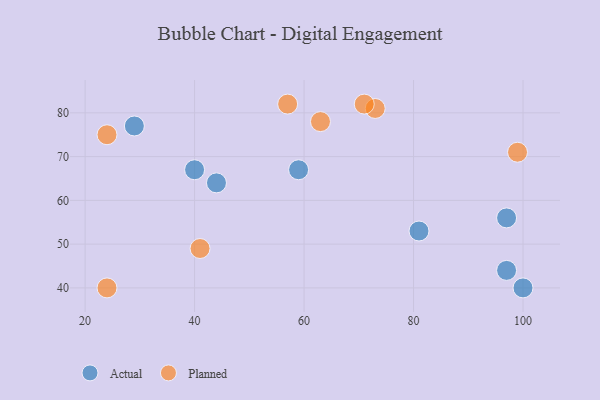
{"axis": {"x": "GDP", "y": "Life Expectancy"}, "legend": ["Actual", "Planned"], "data": [{"x": "40", "y": 67, "type": "Actual"}, {"x": "81", "y": 53, "type": "Actual"}, {"x": "59", "y": 67, "type": "Actual"}, {"x": "29", "y": 77, "type": "Actual"}, {"x": "44", "y": 64, "type": "Actual"}, {"x": "97", "y": 44, "type": "Actual"}, {"x": "100", "y": 40, "type": "Actual"}, {"x": "97", "y": 56, "type": "Actual"}, {"x": "73", "y": 81, "type": "Planned"}, {"x": "24", "y": 40, "type": "Planned"}, {"x": "71", "y": 82, "type": "Planned"}, {"x": "41", "y": 49, "type": "Planned"}, {"x": "99", "y": 71, "type": "Planned"}, {"x": "63", "y": 78, "type": "Planned"}, {"x": "57", "y": 82, "type": "Planned"}, {"x": "24", "y": 75, "type": "Planned"}]}